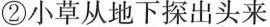
②小草从地下探出头来